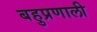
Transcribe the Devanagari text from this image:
बहुप्रणाली